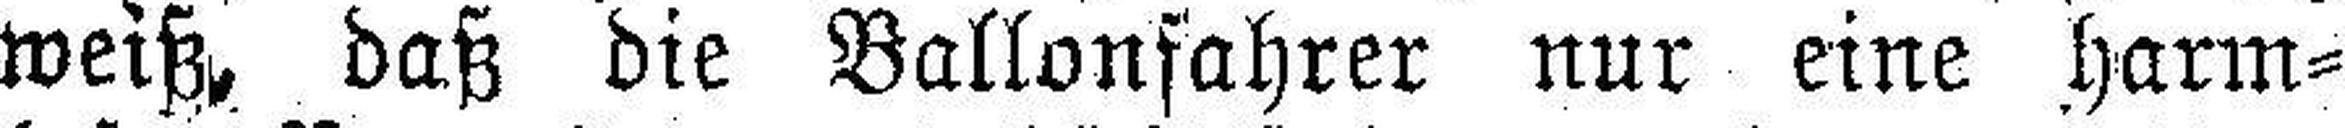
weiß, daß die Ballonfahrer nur eine harm¬